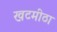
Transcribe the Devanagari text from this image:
खटमीठा